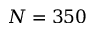
N = 3 5 0